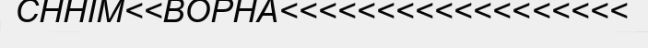
CHHIM<<BOPHA<<<<<<<<<<<<<<<<<<